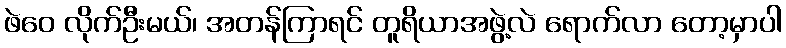
ဖဲဝေ လိုက်ဦးမယ်၊ အတန်ကြာရင် တူရိယာအဖွဲ့လဲ ရောက်လာ တော့မှာပါ